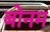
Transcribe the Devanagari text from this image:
बोनम